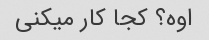
اوه؟ کجا کار میکنی